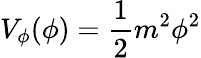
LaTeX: V_{\phi}(\phi)={\frac{1}{2}}m^{2}\phi^{2}